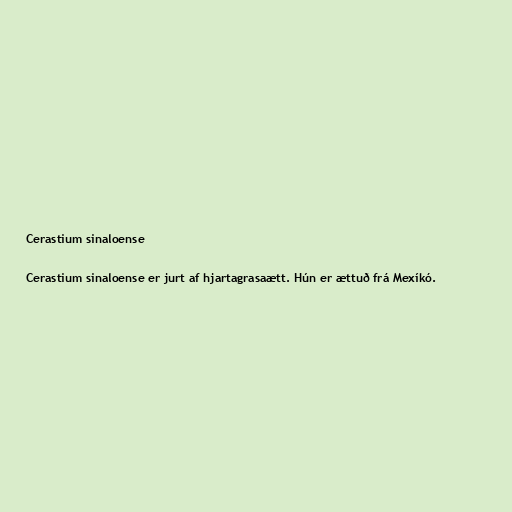
Cerastium sinaloense

Cerastium sinaloense er jurt af hjartagrasaætt. Hún er ættuð frá Mexíkó.